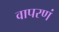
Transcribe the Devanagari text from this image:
वापरणं